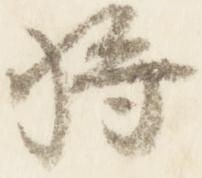
将